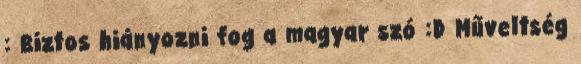
: Biztos hiányozni fog a magyar szó :D Műveltség